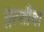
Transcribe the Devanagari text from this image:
चुरशीचा